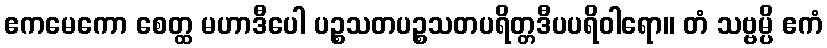
ဧကမေကော စေတ္ထ မဟာဒီပေါ ပဉ္စသတပဉ္စသတပရိတ္တဒီပပရိဝါရော။ တံ သဗ္ဗမ္ပိ ဧကံ